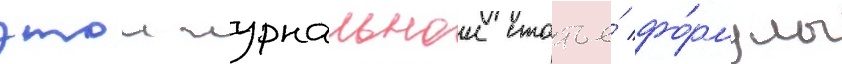
этои журнальнои статье́ фо́рмулы